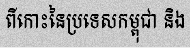
ពីកោះនៃប្រទេសកម្ពុជា និង